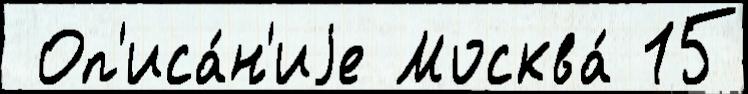
 Оп'иса́н'иjе Москва́ 15